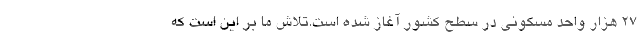
۲۷ هزار واحد مسکونی در سطح کشور آغاز شده است.تلاش ما بر این است که